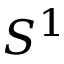
S ^ { 1 }